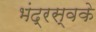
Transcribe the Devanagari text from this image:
भंद्रस्वके